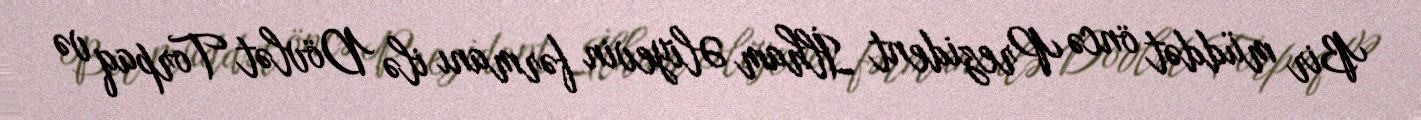
Bir müddət öncə Prezident İlham Əliyevin fərmanı ilə Dövlət Torpaq və